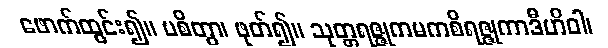
ဖောက်ထွင်း၍။ ပစိတွာ၊ ဖုတ်၍။ သုတ္တရဇ္ဇုကမကစိရဇ္ဇုကာဒီဟိဝါ၊